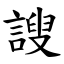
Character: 謏